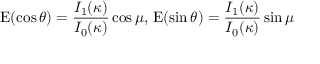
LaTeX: \operatorname { E } ( \cos \theta ) = { \frac { I _ { 1 } ( \kappa ) } { I _ { 0 } ( \kappa ) } } \cos \mu , \, \operatorname { E } ( \sin \theta ) = { \frac { I _ { 1 } ( \kappa ) } { I _ { 0 } ( \kappa ) } } \sin \mu